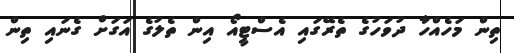
ތިން މަހެއްހާ ދުވަހުގެ ތެރޭގައި އެސްޓީއޯ އިން ތެލުގެ އަގަށް ގެނައި ތިން